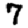
Digit: 7